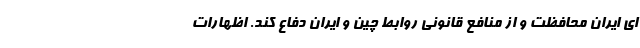
ای ایران محافظت و از منافع قانونی روابط چین و ایران دفاع کند. اظهارات